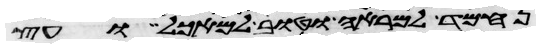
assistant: נחמד למראה וטוב למאכל ועץ